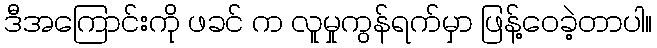
ဒီအကြောင်းကို ဖခင် က လူမှုကွန်ရက်မှာ ဖြန့်ဝေခဲ့တာပါ။